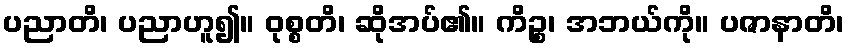
ပညာတိ၊ ပညာဟူ၍။ ဝုစ္စတိ၊ ဆိုအပ်၏။ ကိဉ္စ၊ အဘယ်ကို။ ပဇာနာတိ၊